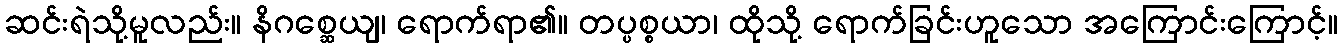
ဆင်းရဲသို့မူလည်း။ နိဂစ္ဆေယျ၊ ရောက်ရာ၏။ တပ္ပစ္စယာ၊ ထိုသို့ ရောက်ခြင်းဟူသော အကြောင်းကြောင့်။